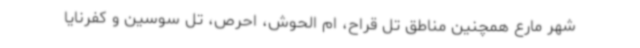
شهر مارع همچنین مناطق تل قراح، ام الحوش، احرص، تل سوسین و کفرنایا